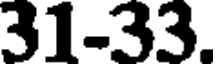
31-33.